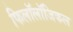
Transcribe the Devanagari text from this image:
फिलॉलॉजिकल